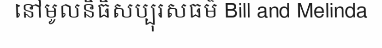
នៅមូលនិធិសប្បុរសធម៌ Bill and Melinda